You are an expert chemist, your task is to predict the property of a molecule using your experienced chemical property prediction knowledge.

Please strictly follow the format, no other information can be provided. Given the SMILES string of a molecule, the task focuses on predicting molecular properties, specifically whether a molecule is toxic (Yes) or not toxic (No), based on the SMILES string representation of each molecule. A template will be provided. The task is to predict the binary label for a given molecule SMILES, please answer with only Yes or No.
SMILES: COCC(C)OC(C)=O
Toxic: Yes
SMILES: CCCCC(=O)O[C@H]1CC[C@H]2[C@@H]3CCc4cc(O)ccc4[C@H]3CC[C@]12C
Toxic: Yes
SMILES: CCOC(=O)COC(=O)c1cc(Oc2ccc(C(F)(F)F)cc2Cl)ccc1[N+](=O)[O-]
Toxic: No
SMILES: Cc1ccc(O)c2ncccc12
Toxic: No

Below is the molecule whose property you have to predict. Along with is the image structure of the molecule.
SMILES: CCCSSCCC
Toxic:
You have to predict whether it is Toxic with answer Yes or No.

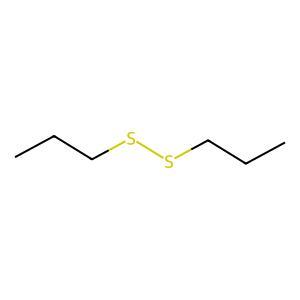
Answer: No